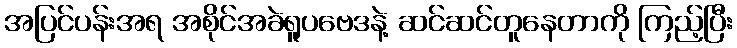
အပြင်ပန်းအရ အစိုင်အခဲရူပဗေဒနဲ့ ဆင်ဆင်တူနေတာကို ကြည့်ပြီး